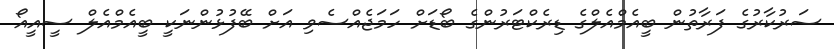
ސަރުކާރުގެ ފަރާތުން ބީއެމްއެލްގެ ޑިރެކްޓަރުންގެ ބޯޑަށް ހަމަޖެއްސެވި އަށް ބޭފުޅުންނަކީ ބީއެމްއެލް ސީއީއޯ